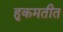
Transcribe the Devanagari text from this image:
हुकमतीत